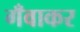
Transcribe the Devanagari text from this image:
गँवाकर